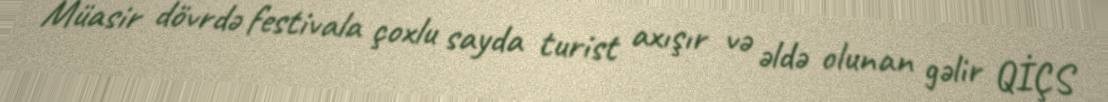
Müasir dövrdə festivala çoxlu sayda turist axışır və əldə olunan gəlir QİÇS